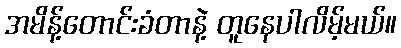
အမိန့်တောင်းခံတာနဲ့ တူနေပါလိမ့်မယ်။